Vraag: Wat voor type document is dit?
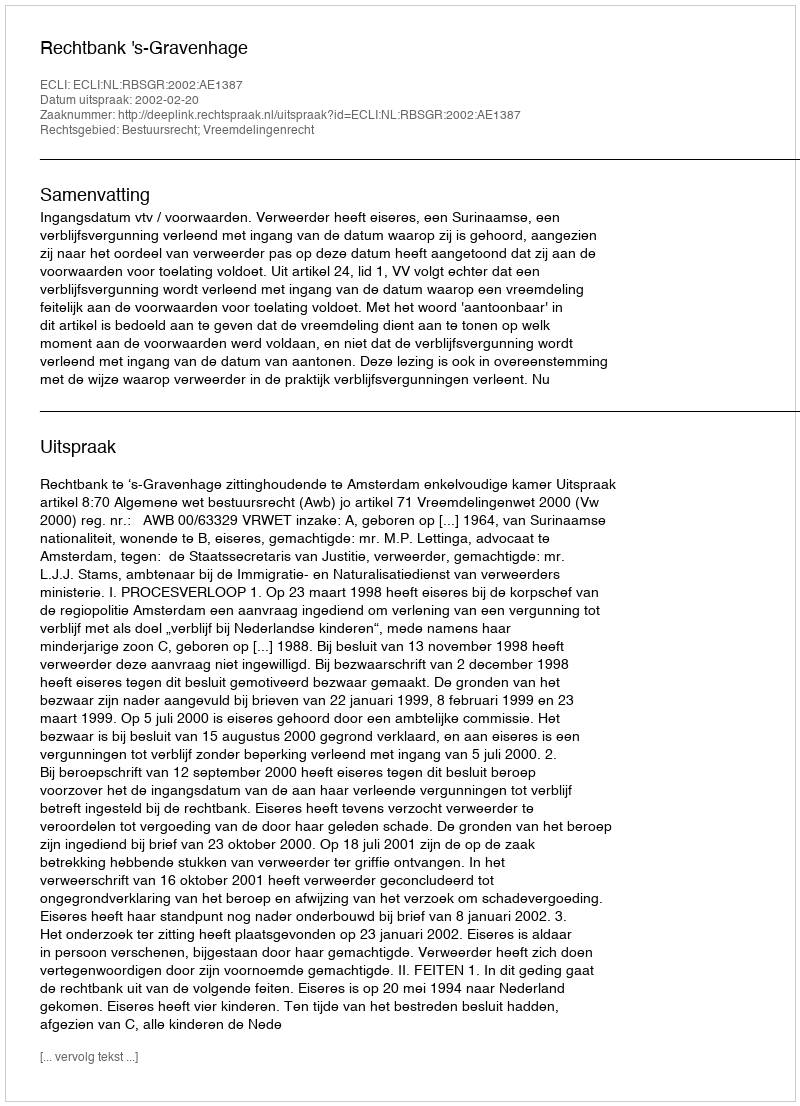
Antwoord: Uitspraak